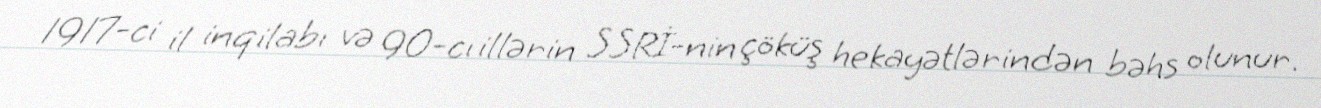
1917-ci il inqilabı və 90-cı illərin SSRİ-nin çöküş hekayətlərindən bəhs olunur.